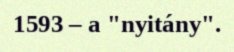
1593 – a "nyitány".